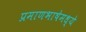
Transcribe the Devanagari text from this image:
प्रमाणभाषेमध्ये